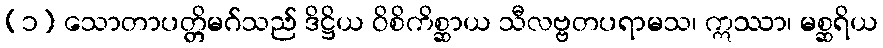
(၁) သောတာပတ္တိမဂ်သည် ဒိဋ္ဌိယ ဝိစိကိစ္ဆာယ သီလဗ္ဗတပရာမသ၊ ဣဿာ၊ မစ္ဆရိယ